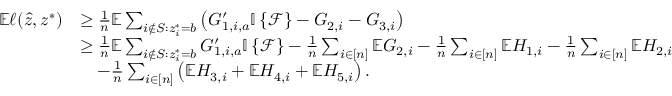
\begin{array} { r l } { \mathbb { E } \ell ( \hat { z } , z ^ { * } ) } & { \geq \frac { 1 } { n } \mathbb { E } \sum _ { i \notin S : z _ { i } ^ { * } = b } \left( G _ { 1 , i , a } ^ { \prime } { \mathbb { I } \left\{ { \mathcal { F } } \right\} } - G _ { 2 , i } - G _ { 3 , i } \right) } \\ & { \geq \frac { 1 } { n } \mathbb { E } \sum _ { i \notin S : z _ { i } ^ { * } = b } G _ { 1 , i , a } ^ { \prime } { \mathbb { I } \left\{ { \mathcal { F } } \right\} } - \frac { 1 } { n } \sum _ { i \in [ n ] } \mathbb { E } G _ { 2 , i } - \frac { 1 } { n } \sum _ { i \in [ n ] } \mathbb { E } H _ { 1 , i } - \frac { 1 } { n } \sum _ { i \in [ n ] } \mathbb { E } H _ { 2 , i } } \\ & { \quad - \frac { 1 } { n } \sum _ { i \in [ n ] } \left( \mathbb { E } H _ { 3 , i } + \mathbb { E } H _ { 4 , i } + \mathbb { E } H _ { 5 , i } \right) . } \end{array}